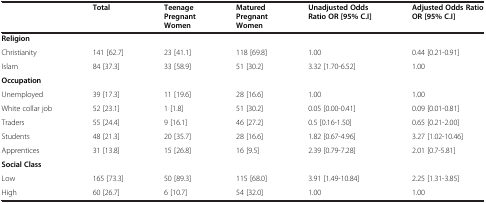
<table><thead><tr><td>[EMPTY_CELL]</td><td><b>Total</b></td><td><b>Teenage Pregnant Women</b></td><td><b>Matured Pregnant Women</b></td><td><b>Unadjusted Odds Ratio OR [95% C.I]</b></td><td><b>Adjusted Odds Ratio OR [95% C.I]</b></td></tr></thead><tbody><tr><td><b>Religion</b></td><td>[EMPTY_CELL]</td><td>[EMPTY_CELL]</td><td>[EMPTY_CELL]</td><td>[EMPTY_CELL]</td><td>[EMPTY_CELL]</td></tr><tr><td>Christianity</td><td>141 [62.7]</td><td>23 [41.1]</td><td>118 [69.8]</td><td>1.00</td><td>0.44 [0.21-0.91]</td></tr><tr><td>Islam</td><td>84 [37.3]</td><td>33 [58.9]</td><td>51 [30.2]</td><td>3.32 [1.70-6.52]</td><td>1.00</td></tr><tr><td><b>Occupation</b></td><td>[EMPTY_CELL]</td><td>[EMPTY_CELL]</td><td>[EMPTY_CELL]</td><td>[EMPTY_CELL]</td><td>[EMPTY_CELL]</td></tr><tr><td>Unemployed</td><td>39 [17.3]</td><td>11 [19.6]</td><td>28 [16.6]</td><td>1.00</td><td>1.00</td></tr><tr><td>White collar job</td><td>52 [23.1]</td><td>1 [1.8]</td><td>51 [30.2]</td><td>0.05 [0.00-0.41]</td><td>0.09 [0.01-0.81]</td></tr><tr><td>Traders</td><td>55 [24.4]</td><td>9 [16.1]</td><td>46 [27.2]</td><td>0.5 [0.16-1.50]</td><td>0.65 [0.21-2.00]</td></tr><tr><td>Students</td><td>48 [21.3]</td><td>20 [35.7]</td><td>28 [16.6]</td><td>1.82 [0.67-4.96]</td><td>3.27 [1.02-10.46]</td></tr><tr><td>Apprentices</td><td>31 [13.8]</td><td>15 [26.8]</td><td>16 [9.5]</td><td>2.39 [0.79-7.28]</td><td>2.01 [0.7-5.81]</td></tr><tr><td><b>Social Class</b></td><td>[EMPTY_CELL]</td><td>[EMPTY_CELL]</td><td>[EMPTY_CELL]</td><td>[EMPTY_CELL]</td><td>[EMPTY_CELL]</td></tr><tr><td>Low</td><td>165 [73.3]</td><td>50 [89.3]</td><td>115 [68.0]</td><td>3.91 [1.49-10.84]</td><td>2.25 [1.31-3.85]</td></tr><tr><td>High</td><td>60 [26.7]</td><td>6 [10.7]</td><td>54 [32.0]</td><td>1.00</td><td>1.00</td></tr></tbody></table>